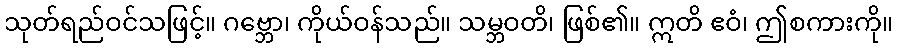
သုတ်ရည်ဝင်သဖြင့်။ ဂဗ္ဘော၊ ကိုယ်ဝန်သည်။ သမ္ဘဝတိ၊ ဖြစ်၏။ ဣတိ ဧဝံ၊ ဤစကားကို။